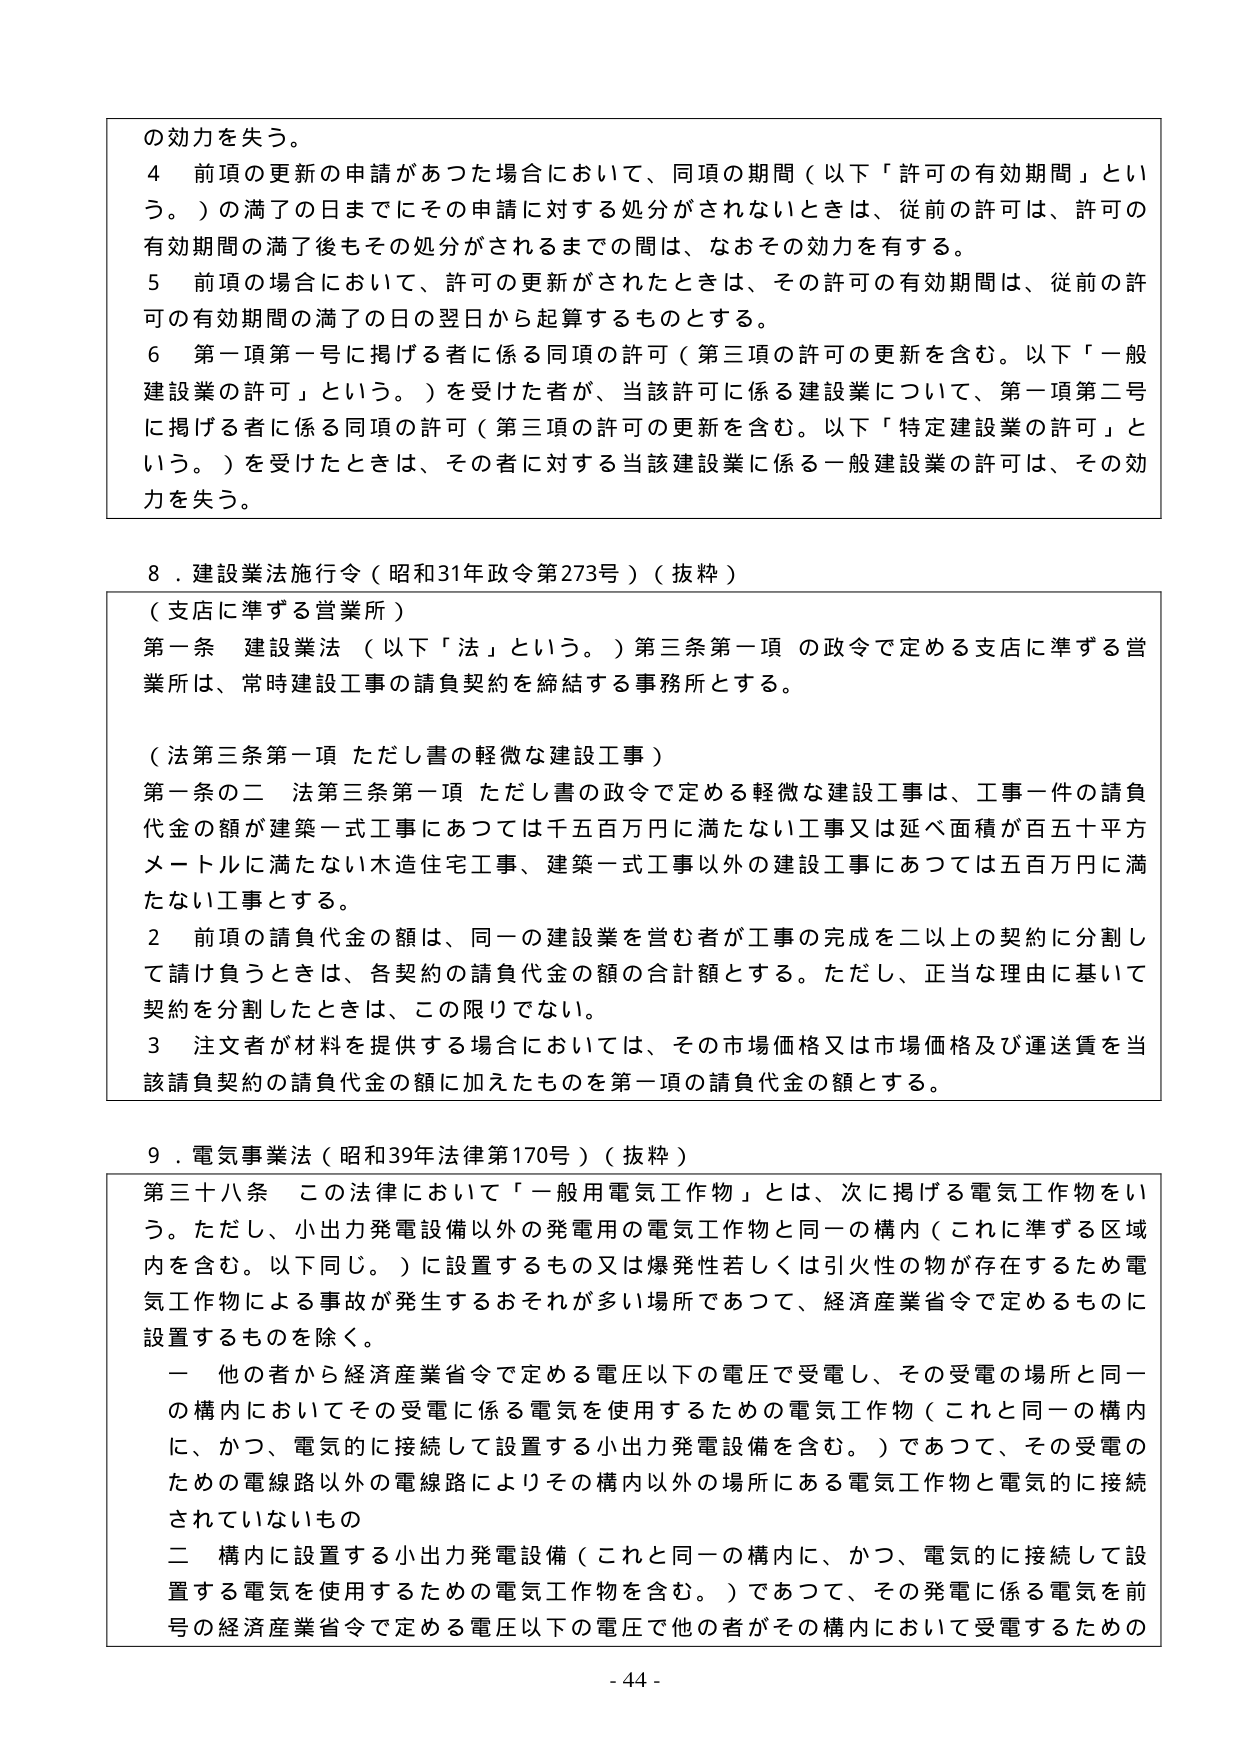
の効力を失う。

４ 前項の更新の申請があった場合において、同項の期間（以下「許可の有効期間」という。）の満了の日までにその申請に対する処分がされないときは、従前の許可は、許可の有効期間の満了後もその処分がされるまでの間は、なおその効力を有する。

５ 前項の場合において、許可の更新がされたときは、その許可の有効期間は、従前の許可の有効期間の満了の日の翌日から起算するものとする。

６ 第一項第一号に掲げる者に係る同項の許可（第三項の許可の更新を含む。以下「一般建設業の許可」という。）を受けた者が、当該許可に係る建設業について、第一項第二号に掲げる者に係る同項の許可（第三項の許可の更新を含む。以下「特定建設業の許可」という。）を受けたときは、その者に対する当該建設業に係る一般建設業の許可は、その効力を失う。

８．建設業法施行令（昭和31年政令第273号）（抜粋）

（支店に準ずる営業所）

第一条 建設業法（以下「法」という。）第三条第一項の政令で定める支店に準ずる営業所は、常時建設工事の請負契約を締結する事務所とする。

（法第三条第一項ただし書の軽微な建設工事）

第一条の二 法第三条第一項ただし書の政令で定める軽微な建設工事は、工事一件の請負代金の額が建築一式工事にあつては千五百万円に満たない工事又は延べ面積が百五十平方メートルに満たない木造住宅工事、建築一式工事以外の建設工事にあつては五百万円に満たない工事とする。

２ 前項の請負代金の額は、同一の建設業を営む者が工事の完成を二以上の契約に分割して請け負うときは、各契約の請負代金の額の合計額とする。ただし、正当な理由に基いて契約を分割したときは、この限りでない。

３ 注文者が材料を提供する場合においては、その市場価格又は市場価格及び運送費を当該請負契約の請負代金の額に加えたものを第一項の請負代金の額とする。

９．電気事業法（昭和39年法律第170号）（抜粋）

第三十八条 この法律において「一般用電気工作物」とは、次に掲げる電気工作物をいう。ただし、小出力発電設備以外の発電用の電気工作物と同一の構内（これに準ずる区域内を含む。以下同じ。）に設置するもの又は爆発性若しくは引火性の物が存在するため電気工作物による事故が発生するおそれが多い場所であつて、経済産業省令で定めるものに設置するものを除く。

一 他の者から経済産業省令で定める電圧以下の電圧で受電し、その受電の場所と同一の構内においててその受電に係る電気を使用するための電気工作物（これと同一の構内に、かつ、電気的に接続して設置する小出力発電設備を含む。）であつて、その受電のための電線路以外の電線路によりその構内以外の場所にある電気工作物と電気的に接続されていないもの

二 構内に設置する小出力発電設備（これと同一の構内に、かつ、電気的に接続して設置する電気を使用するための電気工作物を含む。）であつて、その発電に係る電気を前号の経済産業省令で定める電圧以下の電圧で他の者がその構内において受電するための

- 44 -